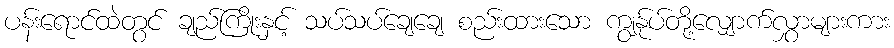
ပန်းရောင်ထဲတွင် ချည်ကြိုးနှင့် သပ်သပ်ချေချေ စည်းထားသော ကျွန်ုပ်တို့လျှောက်လွှာများကား